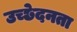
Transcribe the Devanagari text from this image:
उच्छेदनता